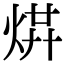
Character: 𤉻